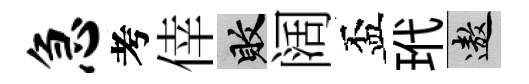
急考倖敗阔盃玳遨